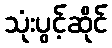
သုံးပွင့်ဆိုင်